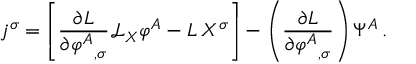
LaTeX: j ^ { \sigma } = \left[ { \frac { \partial L } { \partial { \varphi ^ { A } } _ { , \sigma } } } { \mathcal { L } } _ { X } \varphi ^ { A } - L \, X ^ { \sigma } \right] - \left( { \frac { \partial L } { \partial { \varphi ^ { A } } _ { , \sigma } } } \right) \Psi ^ { A } \, .